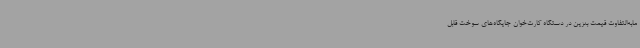
مابه‌التفاوت قیمت بنزین در دستگاه کارت‌خوان جایگاه‌های سوخت قابل‌